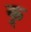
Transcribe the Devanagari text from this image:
कॣ